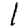
Digit: 1